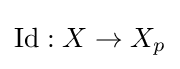
\operatorname {Id} :X\to X_{p}